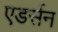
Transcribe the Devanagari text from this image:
एडर्सन